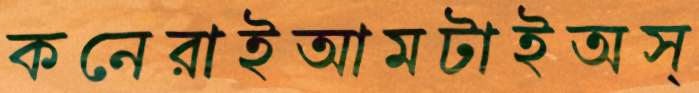
কনেরাইআমটাইঅস্